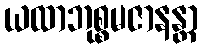
ယထာဘုစ္စမဇာနန္တာ